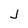
Character: J